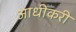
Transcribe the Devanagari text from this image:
आधीकरी